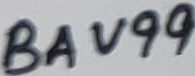
Text: BAV99